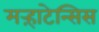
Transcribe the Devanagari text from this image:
मऱ्हाटेन्सिस